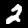
Digit: 2